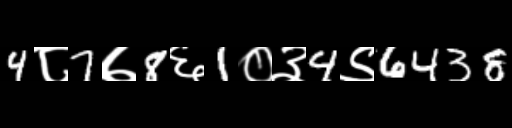
Text: 4८7७8६1०३4९6438